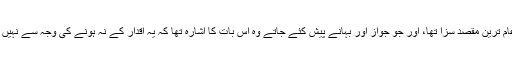
امریکہ میں کیے گئے سروے کے مطابق تشدد کا عام ترین مقصد سزا تھا، اور جو جواز اور بہانے پیش کئے جاتے وہ اس بات کا اشارہ تھا کہ یہ اقدار کے نہ ہونے کی وجہ سے نہیں بلکہ مکمل قدری نظام ہے جہاں تشدد قابلِ قبول ہے۔